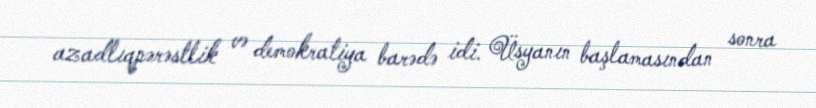
azadlıqpərəstlik və demokratiya barədə idi. Üsyanın başlamasından sonra